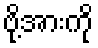
ဗို့အားကို